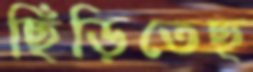
ছিঁড়িতেছ